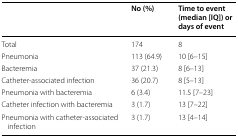
|  | No (%) | Time to event (median [IQ]) or days of event |
 | --- | --- | --- |
 | Total | 174 | 8 |
 | Pneumonia | 113 (64.9) | 10 [6–15] |
 | Bacteremia | 37 (21.3) | 8 [6–13] |
 | Catheter-associated infection | 36 (20.7) | 8 [5–13] |
 | Pneumonia with bacteremia | 6 (3.4) | 11.5 [7–23] |
 | Catheter infection with bacteremia | 3 (1.7) | 13 [7–22] |
 | Pneumonia with catheter-associated infection | 3 (1.7) | 13 [4–14] |